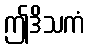
ဤဒိသကံ